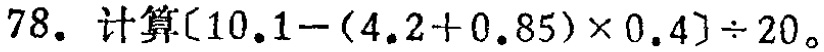
$78. 计算[10.1-(4.2 + 0.85)\times0.4]\div20$。